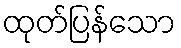
ထုတ်ပြန်သော